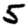
Digit: 5